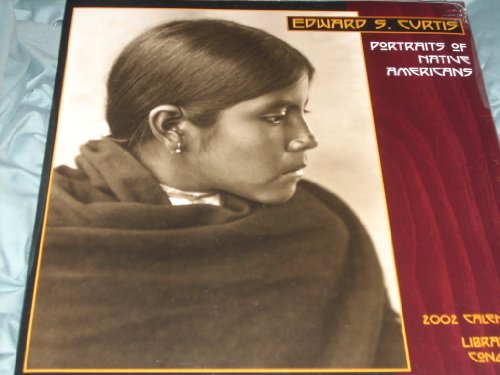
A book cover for Edward S. Curtis: Portraits of Native Americans; Calendars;